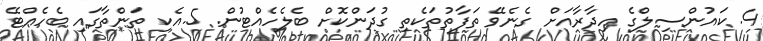
4. ކައުންސިލްގެ އިދާރާއަށް ގެނެވޭ ތަފާތުތަކެތި ގުދަންކޮށް ބެލެހެއްޓުން. 5.އެކި ތަންތާގައި ބެހެއްޓޭ